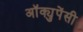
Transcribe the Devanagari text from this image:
अॉक्युपेंसी